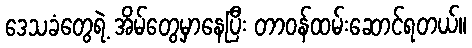
ဒေသခံတွေရဲ့ အိမ်တွေမှာနေပြီး တာဝန်ထမ်းဆောင်ရတယ်။